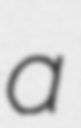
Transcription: a